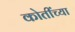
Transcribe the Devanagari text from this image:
कोतींच्या